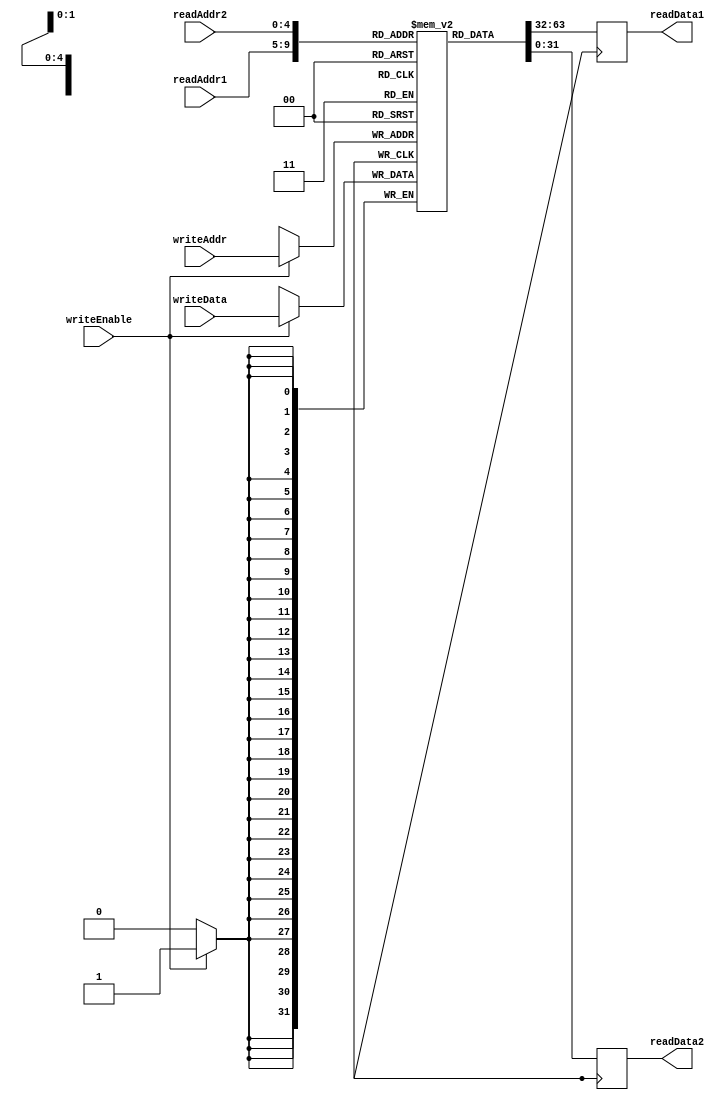
module RegisterFile(
    input wire [4:0] readAddr1,
    input wire [4:0] readAddr2,
    input wire [4:0] writeAddr,
    input wire writeEnable,
    input wire [31:0] writeData,
    output reg [31:0] readData1,
    output reg [31:0] readData2
);

reg [31:0] memory[31:0]; // Memory blocks to store register values

always @(posedge clk) begin
    if(writeEnable == 1'b1)
        memory[writeAddr] <= writeData;
    
    readData1 <= memory[readAddr1];
    readData2 <= memory[readAddr2];
end

endmodule